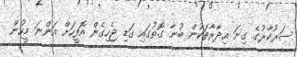
ސަރުކާރުގެ ގިނަ އިދާރާތަކުން ބުނާ ގޮތުގައި ގަޑި ޖެހިގެން އޮފީހަށް އަންނަ މީހުން